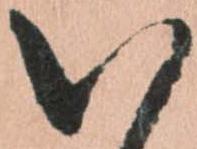
以